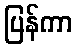
ပြန်ကာ